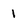
Character: 1